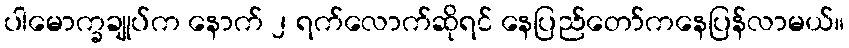
ပါမောက္ခချုပ်က နောက် ၂ ရက်လောက်ဆိုရင် နေပြည်တော်ကနေပြန်လာမယ်။